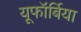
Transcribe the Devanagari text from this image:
यूफॉर्बिया